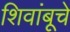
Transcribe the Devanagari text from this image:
शिवांबूचे